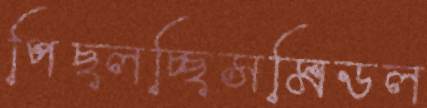
পিছ্‌লচ্ছিসমিডল